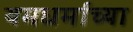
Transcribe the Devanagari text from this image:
यमधर्माच्या